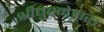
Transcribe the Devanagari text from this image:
श्रीघुश्मेश्वर।